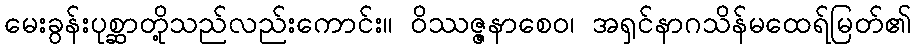
မေးခွန်းပုစ္ဆာတို့သည်လည်းကောင်း။ ဝိဿဇ္ဇနာစေဝ၊ အရှင်နာဂသိန်မထေရ်မြတ်၏